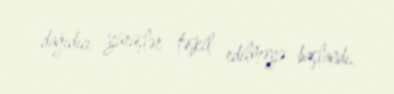
dağıdıcı yürüşlər təşkil edilməyə başlandı.